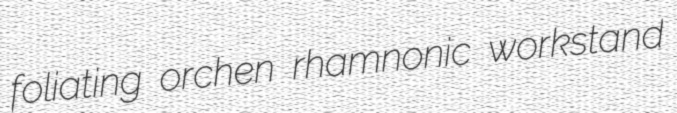
foliating orchen rhamnonic workstand